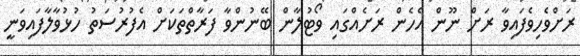
ރަށްވެހިވެފައިވާ ރަށް ނޫން އެހެން ރަށެއްގައި ވޯޓުލާން ބޭނުންވާ ފަރާތްތަކަށް އެފުރުސަތު ހުޅުވާލާފައިވަނީ